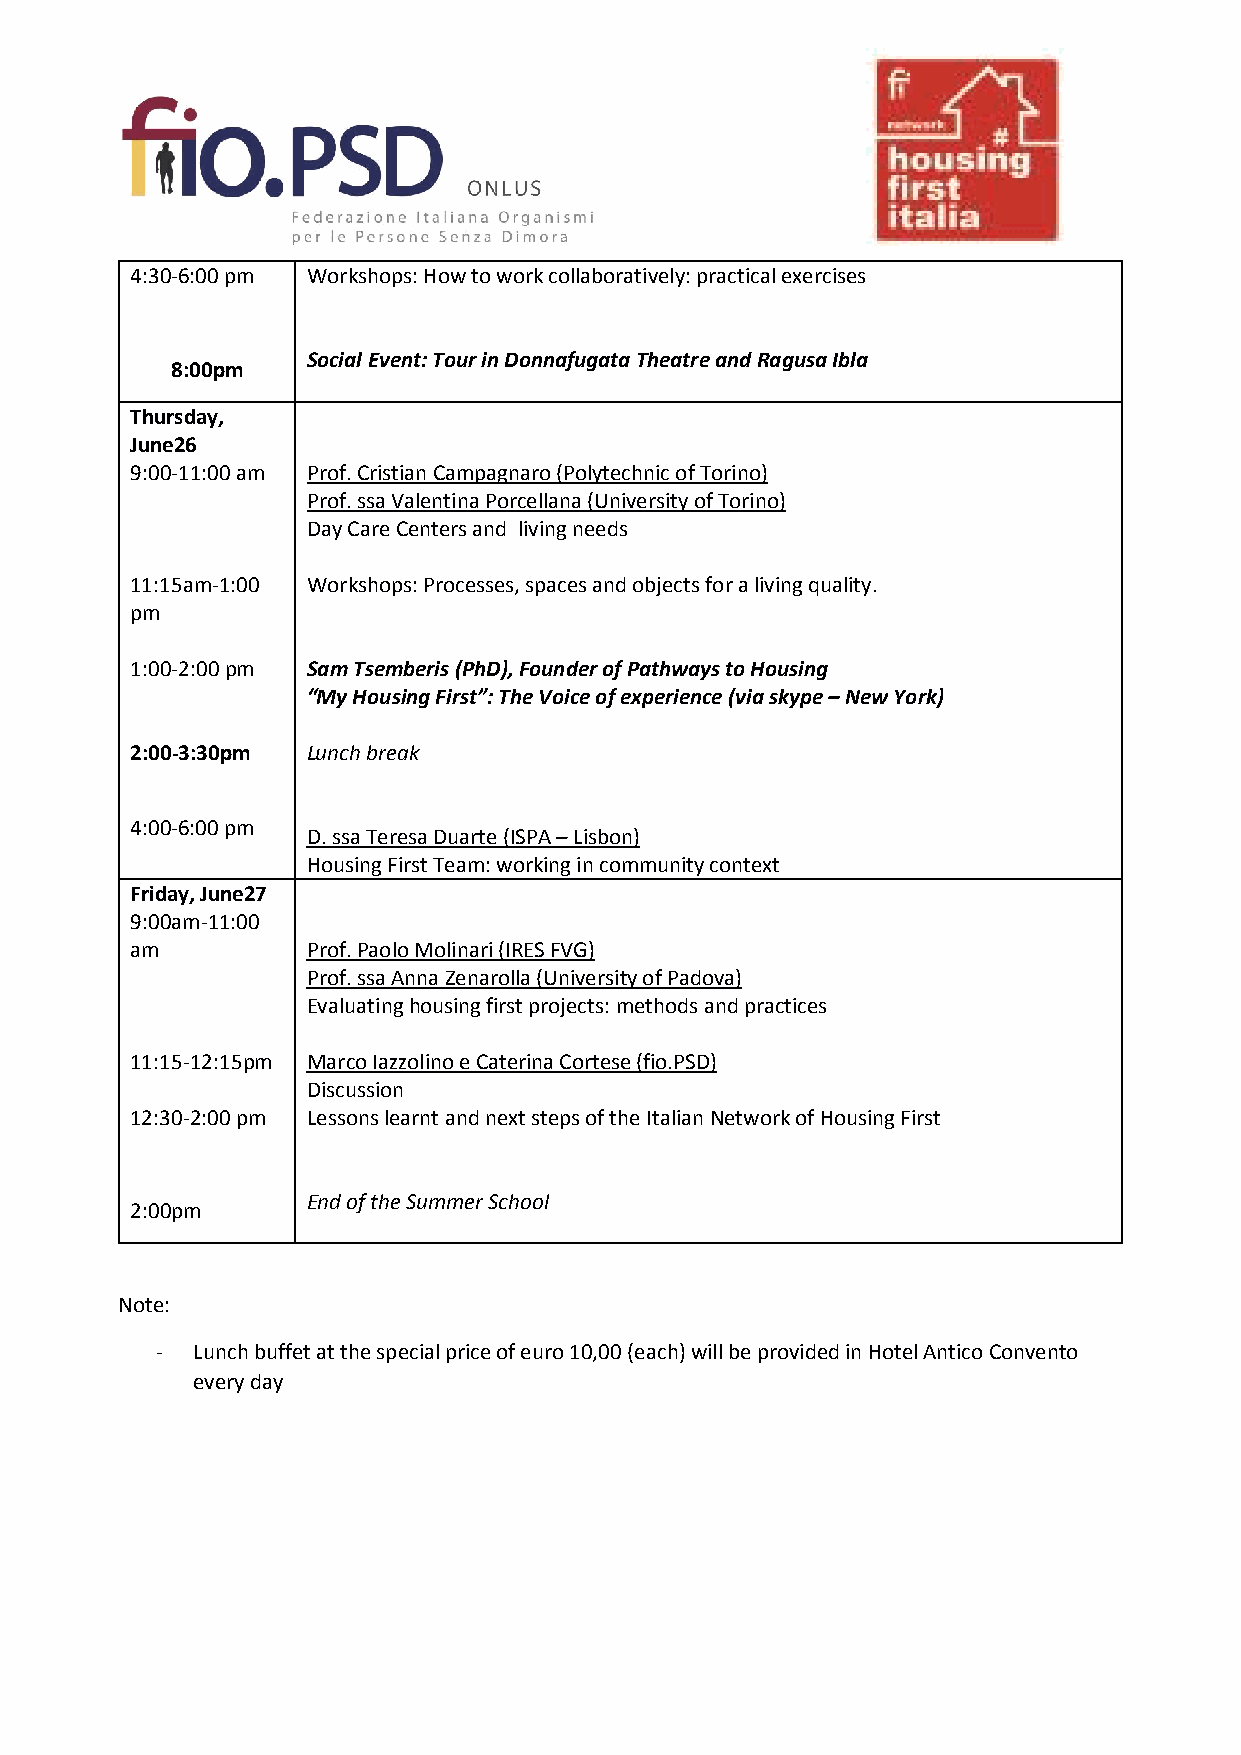
4:30-6:00 pm Workshops: How to work collaboratively: practical exercises
 Social Event: Tour in Donnafugata Theatre and Ragusa Ibla
 8:00pm
 Thursday,
 June26
 9:00-11:00 am Prof. Cristian Campagnaro (Polytechnic of Torino)
 Prof. ssa Valentina Porcellana (University of Torino)
 Day Care Centers and living needs
 11:15am-1:00 Workshops: Processes, spaces and objects for a living quality.
 pm
 1:00-2:00 pm Sam Tsemberis (PhD), Founder of Pathways to Housing
 “My Housing First”: The Voice of experience (via skype – New York)
 2:00-3:30pm Lunch break
 4:00-6:00 pm
 D. ssa Teresa Duarte (ISPA – Lisbon)
 Housing First Team: working in community context
 Friday, June27
 9:00am-11:00
 am         Prof. Paolo Molinari (IRES FVG)
 Prof. ssa Anna Zenarolla (University of Padova)
 Evaluating housing first projects: methods and practices
 11:15-12:15pm Marco Iazzolino e Caterina Cortese (fio.PSD)
 Discussion
 12:30-2:00 pm Lessons learnt and next steps of the Italian Network of Housing First
 End of the Summer School
 2:00pm
 Note:
 -  Lunch buffet at the special price of euro 10,00 (each) will be provided in Hotel Antico Convento
 every day